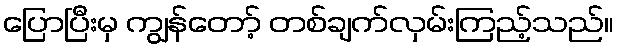
ပြောပြီးမှ ကျွန်တော့် တစ်ချက်လှမ်းကြည့်သည်။